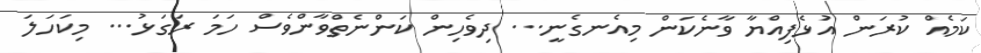
ކަމެއް ކުރަން އުަޅެފިއްޔާ ވާނެކަން މިއެނގެނީ... ދިވެހިން ކަންނެތްވާންވެސް ހަމަ ރަގަޅު... މިކަހަލަ